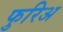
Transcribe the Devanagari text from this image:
फुरिअ